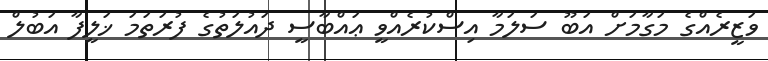
ވަޒީރެއްގެ މަގާމަށް އަބޫ ސަލަމާ އިސްކުރެއްވީ ޢައްބާސީ ދައުލަތުގެ ފުރަތަމަ ޚަލީފާ އަބުލް